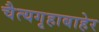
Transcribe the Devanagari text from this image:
चैत्यगृहाबाहेर